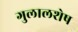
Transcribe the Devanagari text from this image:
गुलालशेष